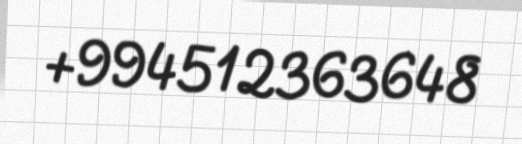
+994512363648